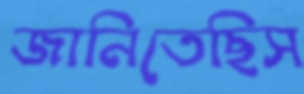
জানিতেছিস